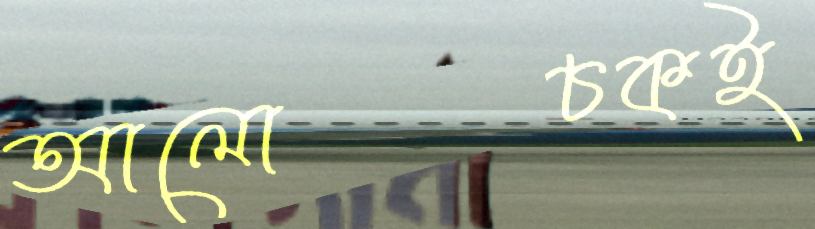
আলোচকই